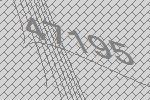
47195